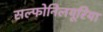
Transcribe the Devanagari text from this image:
सल्फोनिलयूरिया